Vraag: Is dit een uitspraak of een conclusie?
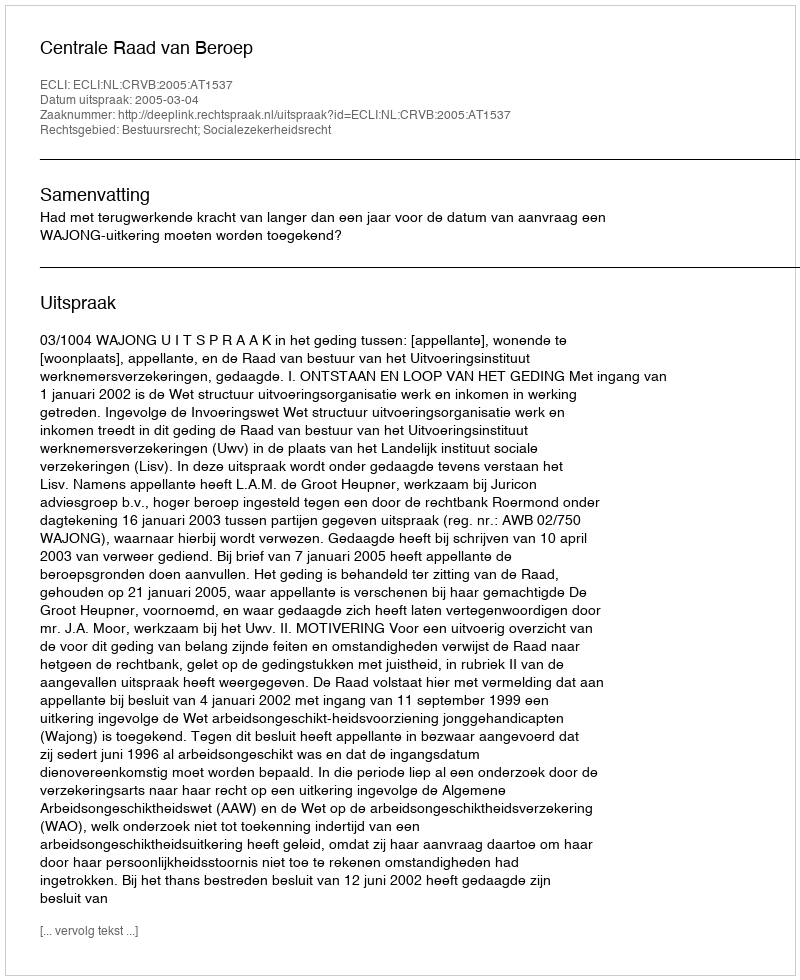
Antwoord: Uitspraak